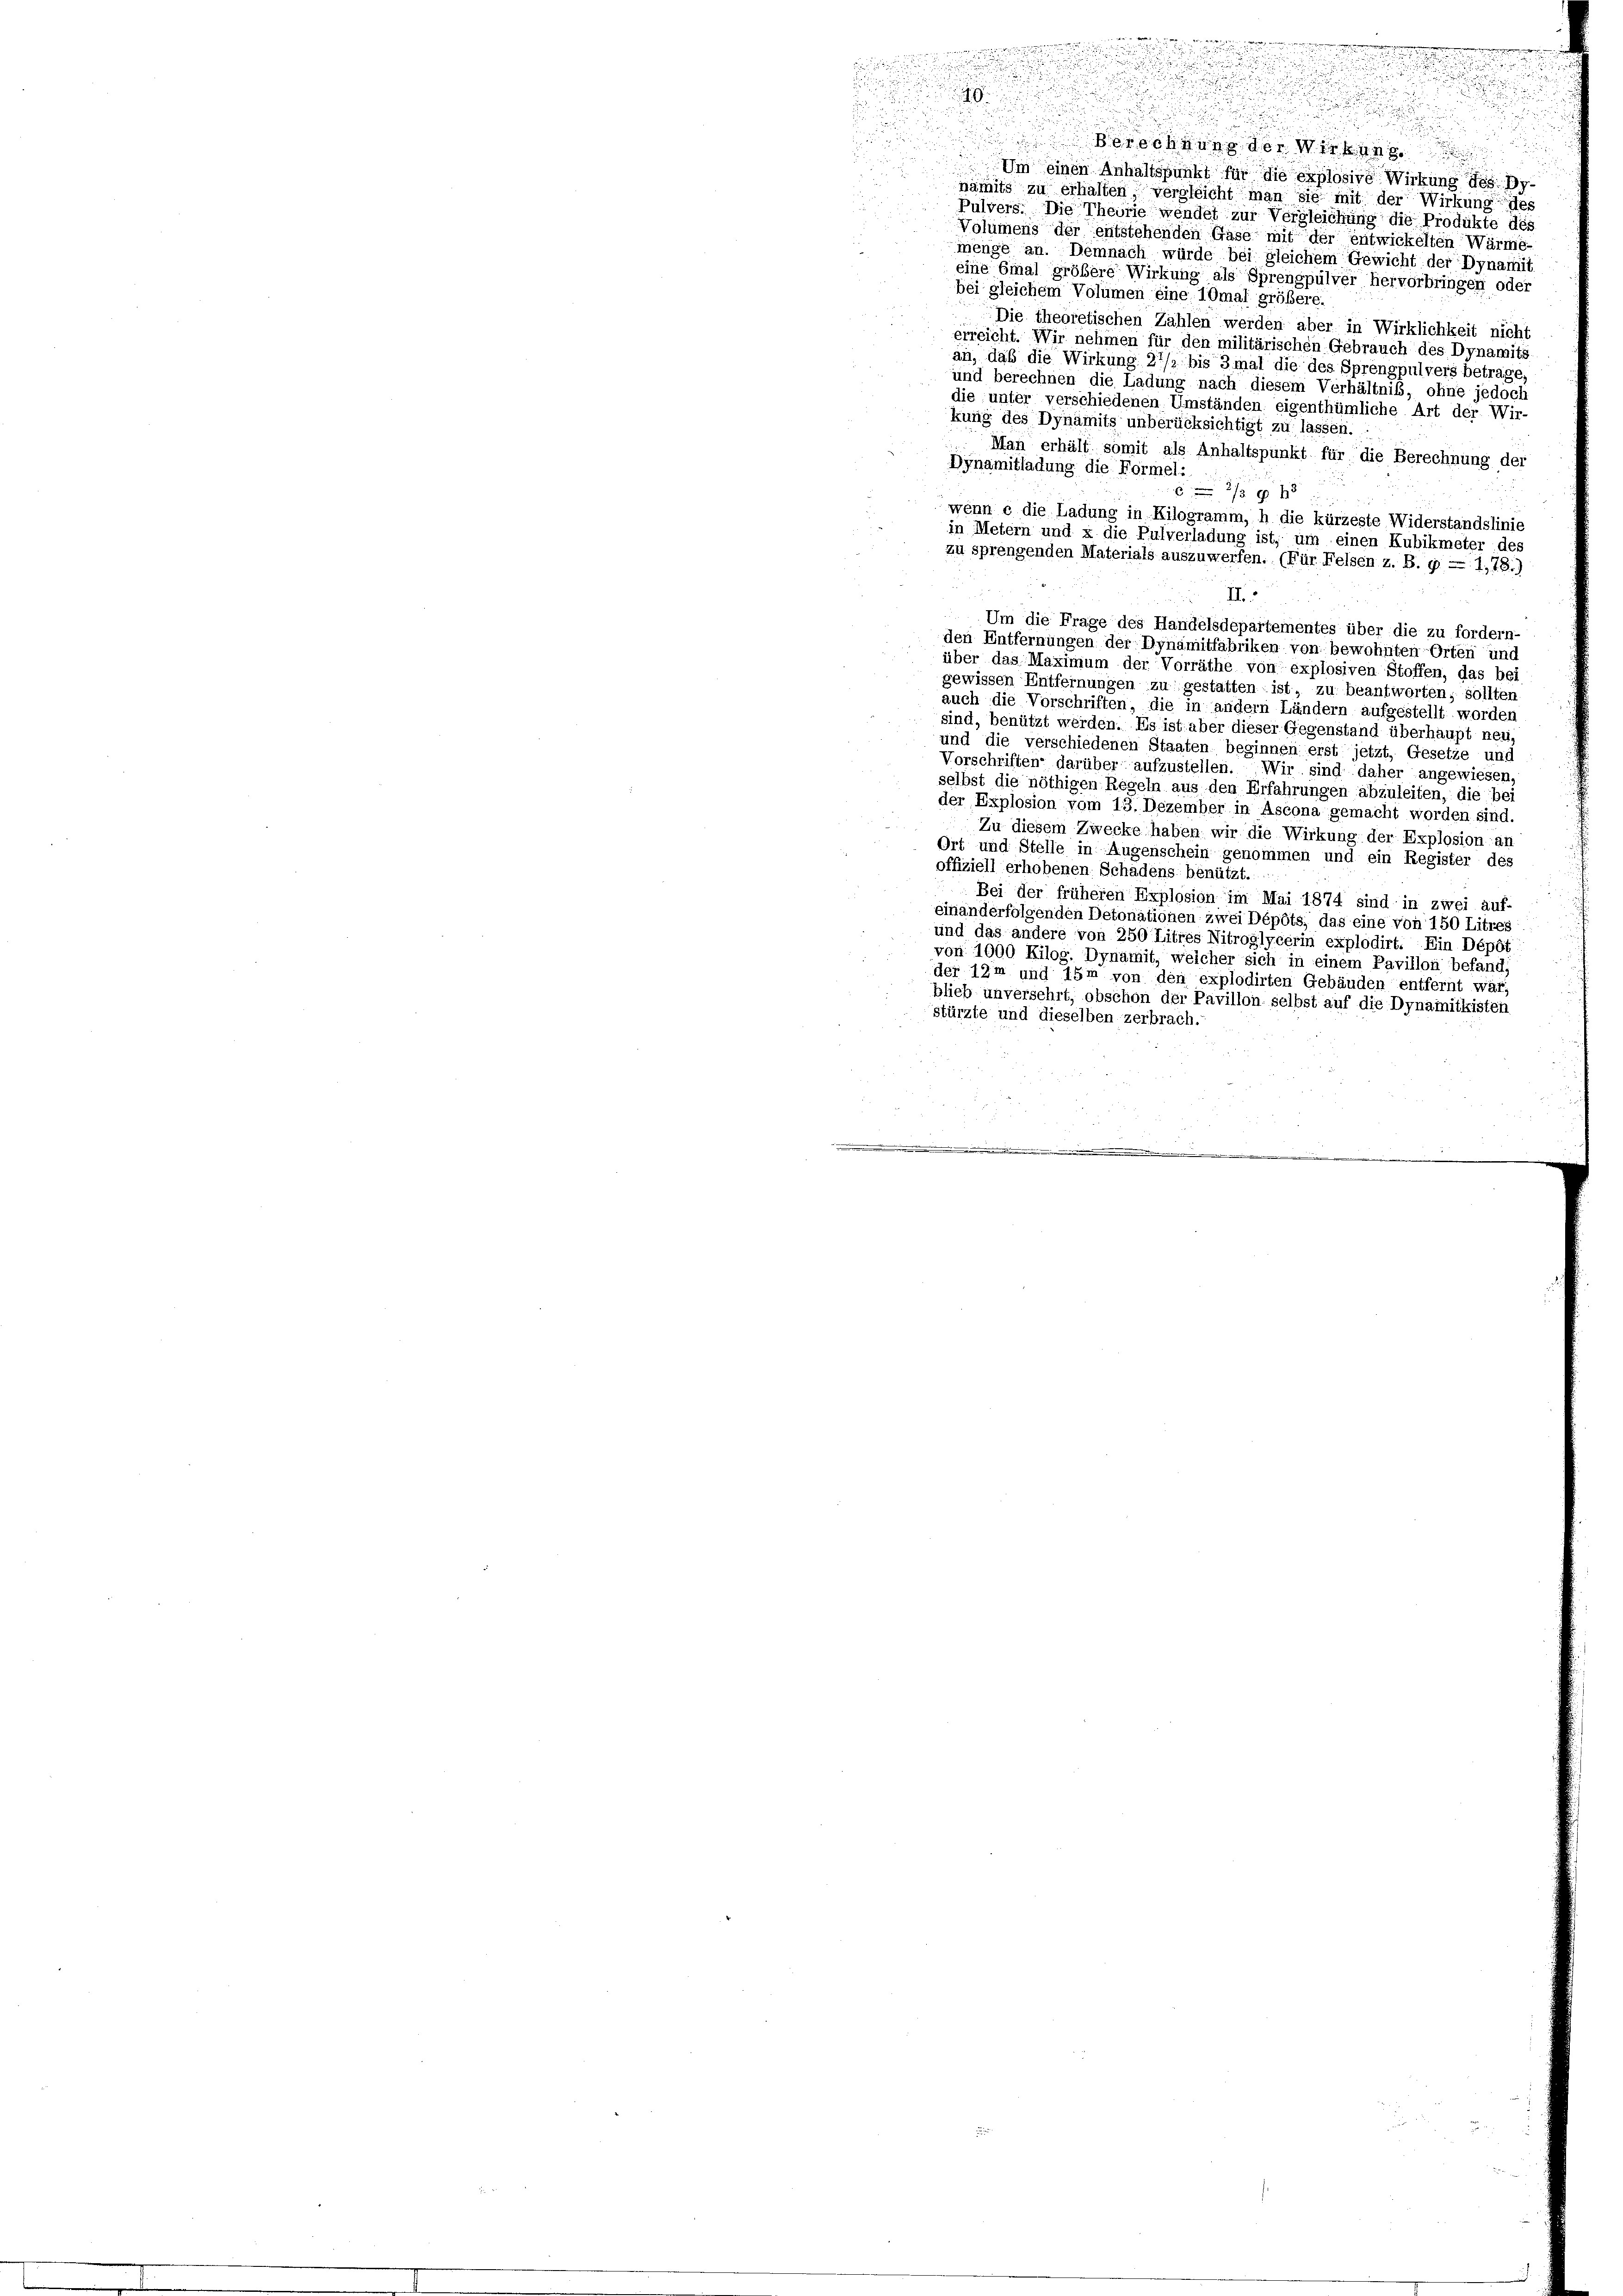
Berechnung der Wirkung
Um einen Anhaltspunkt für die explosive Wirkung des Dr.
nämits zu erhalten vergleicht man sie mit der Wirkung des
Pulvers. Die Theorie wendet zur Vergleichung die Produkte des
Volumens der entstehenden Gase mit der entwickelten Wärme-
menge an. Demnach würde bei gleichem Gewicht der Dynamis
eine Emal größere Wirkung als Sprengpulver hervorbringen oder
bei gleichem Volumen eine 10mal größere.
Die theoretischen Zählen werden aber in Wirklichkeit nicht
erreicht. Wir nehmen für den militärischen Gebrauch des Dynamitä
an, daß die Wirkung 21/2 bis 3 mal die des Sprengpulvers betrage,
und berechnen die Ladung nach diesem Verhältnis, ohne jedoch
die unter verschiedenen Umständen eigenthümliche Art der Wir
kung des Dynämits unberücksichtigt zu lassen.
Man erhält somit als Anhaltspunkt für die Berechnung der
Dynamitladung die Formel.
 2/3 x 3
wenn e die Ladung in Kilogramm, h die kürzeste Widerstandslinie
in Metern und u die Pulverladung ist, um einen Kubikmeter des
zu sprengenden Materials auszuwerfen. (Für Felsen z. B. g = 1,78.)
II.
Um die Frage des Handelsdepartementes über die zu fordern
den Entfernungen der Dynamitfabriken von bewohnten Orten und
über das Maximum der Vorräthe von explosiven Stoffen, das bei
gewissen Entfernungen zu gestatten ist, zu beantworten, sollten
auch die Vorschriften, die in andern Ländern aufgestellt worder
sind, benützt werden. Es ist aber dieser Gegenstand überhaupt ne
und die verschiedenen Staaten beginnen erst jetzt, Gesetze und
Vorschriften darüber aufzustellen. Wir sind daher angewiesen
selbst die nöthigen Regeln aus den Erfahrungen abzuleiten, die be
der Explosion vom 13. Dezember in Ascona gemacht worden sind.
Zu diesem Zwecke haben wir die Wirkung der Explosion an
Ort und Stelle in Augenschein genommen und ein Register des
offiziell erhobenen Schadens benützt.
Bei der früheren Explosion im Mai 1874 sind in zwei auf-
einanderfolgenden Detonationen zwei Dépôts; das eine von 18
itrec
und das andere von 250 Titres Nitroglycerin expl
Ein Dépôt
von 1000 Kilog. Dynämit, welcher sich in einem Pavil
sfan
der 12m und 15m von den explodirten Gebäuden entfernt war,
blieb unversehrt, obschon der Pavillon selbst auf die Dynamitkisten
stürzte und dieselben zerbrach
.

m
 28
.

.

g
u
u

zu

e